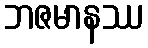
ဘဇမာနဿ